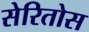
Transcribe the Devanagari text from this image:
सेरितोस